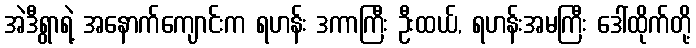
အဲဒီရွာရဲ့ အနောက်ကျောင်းက ရဟန်း ဒကာကြီး ဦးထယ်, ရဟန်းအမကြီး ဒေါ်ထိုက်တို့